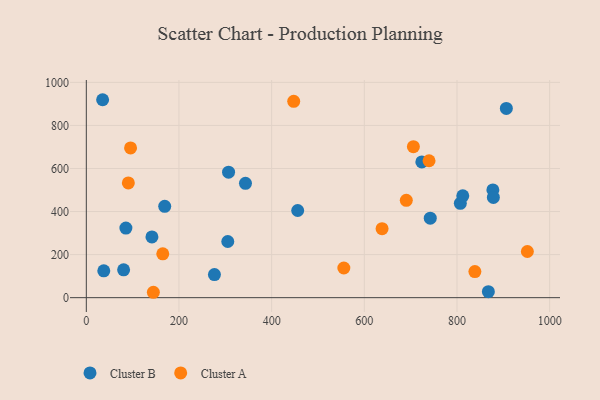
{"axis": {"x": "Ad Spend", "y": "Salary"}, "legend": ["Cluster A", "Cluster B"], "data": [{"x": "307.0", "y": 582.9, "type": "Cluster B"}, {"x": "877.4", "y": 500.3, "type": "Cluster B"}, {"x": "456.2", "y": 404.8, "type": "Cluster B"}, {"x": "35.2", "y": 919.4, "type": "Cluster B"}, {"x": "807.2", "y": 438.2, "type": "Cluster B"}, {"x": "169.2", "y": 424.3, "type": "Cluster B"}, {"x": "85.4", "y": 323.4, "type": "Cluster B"}, {"x": "37.7", "y": 124.6, "type": "Cluster B"}, {"x": "276.5", "y": 107.0, "type": "Cluster B"}, {"x": "141.6", "y": 281.9, "type": "Cluster B"}, {"x": "867.7", "y": 27.8, "type": "Cluster B"}, {"x": "305.3", "y": 260.8, "type": "Cluster B"}, {"x": "906.5", "y": 879.2, "type": "Cluster B"}, {"x": "343.5", "y": 530.9, "type": "Cluster B"}, {"x": "742.3", "y": 369.0, "type": "Cluster B"}, {"x": "724.1", "y": 630.6, "type": "Cluster B"}, {"x": "878.5", "y": 465.5, "type": "Cluster B"}, {"x": "80.5", "y": 129.1, "type": "Cluster B"}, {"x": "812.5", "y": 473.1, "type": "Cluster B"}, {"x": "951.9", "y": 214.3, "type": "Cluster A"}, {"x": "95.5", "y": 695.3, "type": "Cluster A"}, {"x": "555.8", "y": 137.7, "type": "Cluster A"}, {"x": "638.3", "y": 320.2, "type": "Cluster A"}, {"x": "90.7", "y": 532.9, "type": "Cluster A"}, {"x": "838.6", "y": 121.3, "type": "Cluster A"}, {"x": "739.7", "y": 635.9, "type": "Cluster A"}, {"x": "165.0", "y": 203.6, "type": "Cluster A"}, {"x": "705.9", "y": 701.1, "type": "Cluster A"}, {"x": "690.6", "y": 452.2, "type": "Cluster A"}, {"x": "447.6", "y": 912.0, "type": "Cluster A"}, {"x": "144.7", "y": 25.0, "type": "Cluster A"}]}